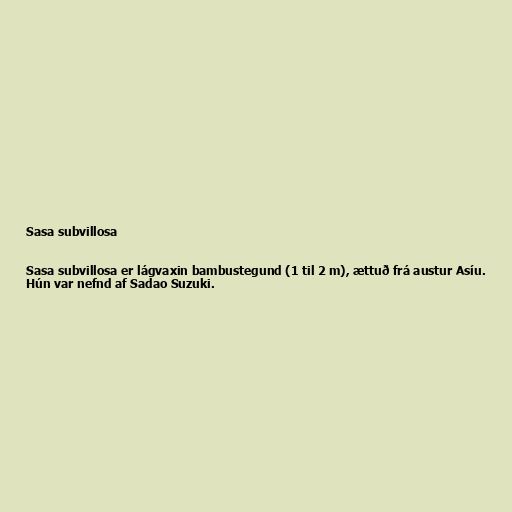
Sasa subvillosa

Sasa subvillosa er lágvaxin bambustegund (1 til 2 m), ættuð frá austur Asíu.
Hún var nefnd af Sadao Suzuki.